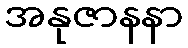
အနုဇာနနာ